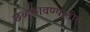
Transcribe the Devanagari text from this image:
छळछावण्यातील